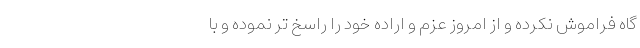
گاه فراموش نکرده و از امروز عزم و اراده خود را راسخ تر نموده و با